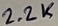
Text: 2.2K